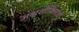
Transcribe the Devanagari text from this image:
अश्वशौकिनांची